Medical and sanitary report of the native army of Madras for the year
Year: 1878
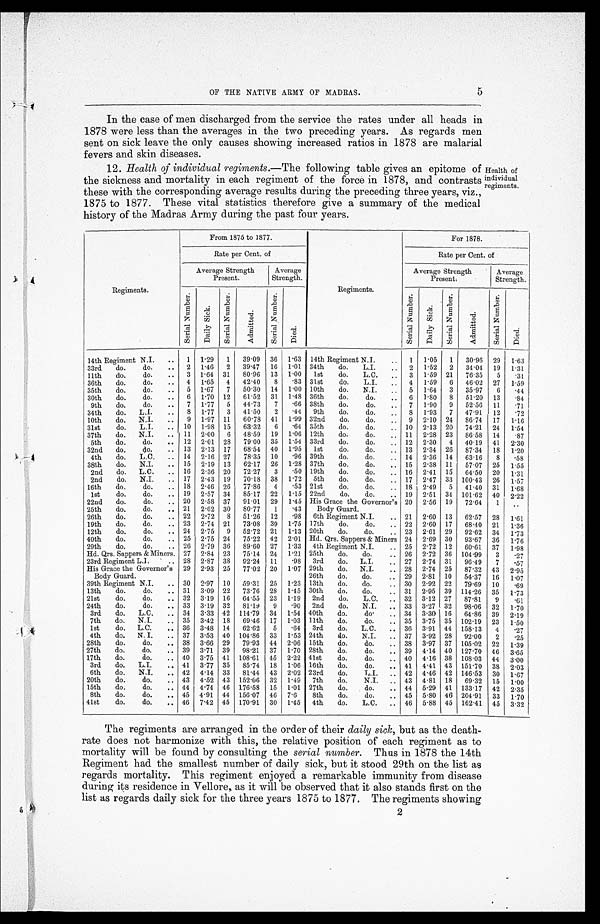
OF THE NATIVE ARMY OF MADRAS.
5
In the case of men discharged from the service the rates under all heads in
1878 were less than the averages in the two preceding years. As regards men
sent on sick leave the only causes showing increased ratios in 1878 are malarial
fevers and skin diseases.
Health
of
individua
l
regiments.
12. Health of individual regiments.—The following table gives an epitome of
the sickness and mortality in each regiment of the force in 1878, and c ontrasts
these with the corresponding average results during the preceding three years, viz.,
1875 to 1877. These vital statistics therefore give a summary of the medical
history of the Madras Army during the past four years.
Regiments.
From 1875 to 1877.
Regiments.
For 1878.
Rate per Cent. of
Rate per Cent. of
Average Strength
Present.
Average
Strength.
Average Strength
Present:
Average
Strength.
Se r i a l Numbe r .
D a i l y S i c k .
Se r i a l Numbe r .
Admi t t ed.
Se r i a l Nu mb e r .
Di ed.
Ser i al Number .
D a i l y S i c k .
S e r i a l N u m b e r .
Admi t t ed.
S e r i a l Nu mb e r .
Died.
14th Regiment N. I.
..
1 1 . 29
1
39 . 09 36 1.63 14th Regiment N. I.
..
1 1 . 05
1
30 . 96 29 1.63
33rd
do.
do.
..
2 1 .46
2
39 . 47 16 1 . 01 34th
do.
L. I.
..
2 1 . 52
2
34 . 04 19 1.31
11th
do.
do.
..
3 1 . 64 31
80 . 96 13 1 . 00
1st
do.
L.C.
..
3 1 . 59 21
76 . 35
5
.31
36th
do.
do.
..
4 1 . 65
4
42 . 40
8
.83 31st
do.
L.I.
..
4 1 . 59
6
46 . 02 27 1.59
35th
do.
do.
..
5 1 . 67
7
50 . 30 14 1 . 00 10th
do.
N.I.
..
5 1 . 64
3
35 . 97
6
.44
30th
do.
do.
..
6 1 . 70 12
61 . 52 31 1 . 48 36th
do.
do.
..
6 1 . 80
8
51 . 20 13
.84
9th
do.
do.
..
7 1 . 77
5
44 . 73
7
.66 38th
do.
do.
..
7
1 . 90
9
52 . 56 11
.71
34th
do.
L.I.
..
8 1 . 77
3
41 . 50
2
.44 9th
do.
do.
..
8 1 . 93
7
47 . 91 12
.72
10th
do.
N.I.
..
9 1 . 97 11
60 . 78 41 1 . 99 32nd
do.
do.
..
9 2 . 10 24
86 . 74 17 1.16
31st
do.
L.I.
.. 10 1 . 98 15
63 . 32
6
.64 35th
do.
do.
.. 10 2.13 20
74 . 21 24 1.54
37th
do.
N.I.
.. 11 2 . 00
6
48 . 59 19 1 . 06 12th
do.
do.
.. 11 2 . 28 23
86 . 58 14
.87
5th
do.
do.
.. 12 2 . 01 28
79 . 00 35 1 . 54 33rd
do.
do.
.. 12 2.30
4
40 . 19 41 2.30
32nd
do.
do.
.. 13 2 . 13 17
68 . 54 40 1 . 95
1st
do.
do.
.. 13 2 . 34 26
87.34 18 1.20
4th
do.
L.C.
.. 14 2 . 16 27
78 . 35 10
.96 39th
do.
do.
, . 14 2 . 36 14
63 . 16
8
.58
38th
do.
N.I.
.. 15 2 . 19 13
62 . 17 26 1 . 28 37th
do.
do.
.. 15 2 . 38 11
57 . 07 25 1.55
2nd
do.
L.C.
.. 16 2 . 36 20
72 . 27
3
.50 19th
do.
do.
.. 16 2.41 15
64.50 20 1.31
2nd
do.
N. I.
.. 17 2 . 43 19
70 . 18 38 1 . 72 5th
do.
do.
.. 17 2 .47 33 100 . 43 26 1.57
16th
do.
do.
.. 18 2 . 46 26
77 . 86
4
.53 21st
do.
do.
.. 18 2 .49
5
41 . 40 31 1.68
1st
do.
do.
. . 19 2 . 57 34
85 . 17 22 1 . 15 22nd
do.
do.
.. 19 2 . 51 34 101 . 62 40 2.22
22nd
do.
do.
. . 20
2 . 58 37
91 . 01 29 1 . 45 His Grace the Governor's 20 2 . 56 19
72 . 64
1
. .
25th
do.
do.
.. 21 2 . 62 30
80 . 77
1
.43
Body Guard.
26th
do.
do.
.. 22 2.72
8
51 . 26 12
.98 6th Regiment N. I.
.. 21 2.60 13
62.57 28 1.61
19th
do.
do.
.. 23 2.74 21
73.08 39 1.75 17th
do.
do.
.. 22 2.60 17
68.40 21 1.36
12th
do.
do.
.. 24 2 . 75
9
52.72 21 1 . 13 20th
do.
do.
.. 23 2 . 61 29
92.62 34 1.73
40th
do.
do.
.. 25 2 . 75 24
75 . 22 42 2 . 01 Hd. Qrs. Sappers & Miners 24 2 . 69 30
93 . 67 36 1.76
29th
do.
do.
.. 26 2.79 36
89 . 60 27 1.33 4th Regiment N.I.
.. 25 2 . 72 12
60 . 61 37 1.98
Hd. Qrs. Sappers &Miners. 27 2 . 84 23
75 . 14 24 1 . 21 25th
do.
do.
.. 26 2 . 72 36 104 . 99
3
.27
23rd Regiment L.I.
.. 28 2 . 87 38
92 . 24 11
.98 3rd
do.
L.I.
.. 27 2 . 74 31
96 .49
7
.57
His Grace the Governor' s 29 2 . 93 25
77.02 20 1 . 07 29th
do.
N. I.
.. 28 2 . 74 25
87 . 32 43 2.95
Body Guard.
26th
do.
do.
.. 29 2.81 10
54.37 16 1.07
39th Regiment N.I.
.. 30 2 . 97 10
59 . 31 25 1 . 23 13th
do.
do.
.. 30 2 . 92 22
79 . 69 10
.69
13th
do.
do.
.. 31 3 . 09 22
73 . 76 28 1.45 30th
do.
do.
.. 31 2.95 39 114.26 35 1.73
21st
do.
do.
.. 32 3.19 16
64 . 55 23 1 . 19 2nd
do.
L.C.
.. 32 3 . 12 27
87.81
9
. 6 1
24th
do.
do.
..
33
3.19 32
81 . 19 9
.90 2nd
do.
N.I.
.. 33 3 . 27 32
98.06 32 1.70
3rd
do.
L.C.
.. 34 3 . 33 42 114.79 34 1 . 54 40th
do.
do.
.. 34 3 . 30 16
64 . 86 39 2.19
7th
do.
N.J.
.. 35 3.42 18
69 .46 17 1.03 11th
do.
do.
.. 35 3 . 75 35 102 . 19 23 1.50
1st
do. L.C.
.. 36 3 .48 14
62 . 62
5
.64 3rd
do.
L. C.
.. 36 3 . 91 44 158 . 13
4
.27
4th
do.
N. I.
.. 37 3.53 40 104 . 86 33 1.53 24th
do.
N.I.
.. 37 3 . 92 28
92 . 00
2
.25
28th
do.
do.
.. 38
3 . 66 29
79 . 93 44 2.06 15th
do.
do.
.. 38 3 . 97 37 105 . 02 22 1.39
27th
do.
do.
.. 39 3.71 39
98 . 21 37 1 . 70 28th
do.
do.
.. 39 4 . 14 40 127 . 70 46 3.65
17th
do.
do.
.. 40 3 . 75 41 108 . 61 45 2 . 22 41st
do.
do.
.. 40 4 . 16 38 108 . 03 44 3.00
3rd
do.
L.I.
.. 41 3 . 77 35
85 . 74 18 1 . 06 16th
do.
do.
.. 41 4.41 43 151 . 70 38 2.03
6th
do.
N.I.
.. 42 4 . 14 33
81.44 43 2 . 02 23rd
do.
L.I.
.. 42 4 .46 42 146.53 30 1.67
20th
do.
do.
.. 43 4 . 52 43 152 . 06 32 1 . 49 7th
do.
N.I.
.. 43 4 . 81 18
69 . 32 15 1.00
15th
do.
do.
.. 44 4 . 74 46 176 . 58 15 1 . 01 27th
do.
do.
.. 44 5.29 41 133.17 42 2.35
8th
do.
do.
.. 45
4 . 91 44 156 . 07 46 7 . 6
8th
do.
do.
.. 45 5 . 80 46 204.91 33 1.70
41st
do.
do.
.. 46 7 .42 45 170 . 91 30 1 . 45 4th
do.
L.C.
.. 46 5 . 88 45 162 .41 45 3.32
The regiments are arranged in the order of their daily sick, but as the death-
rate does not harmonize with this, the relative position of each regiment as to
mortality will be found by consulting the serial number. Thus in 1878 the 14th
Regiment had the smallest number of daily sick, but it stood 29th on the list as
regards mortality. This regiment enjoyed a remarkable immunity from disease
during its residence in Vellore, as it will be observed that it also stands first on the
list as regards daily sick for the three years 1875 to 1877. The regiments showing 2
2